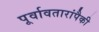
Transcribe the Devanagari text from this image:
पूर्वावतारांपैकी